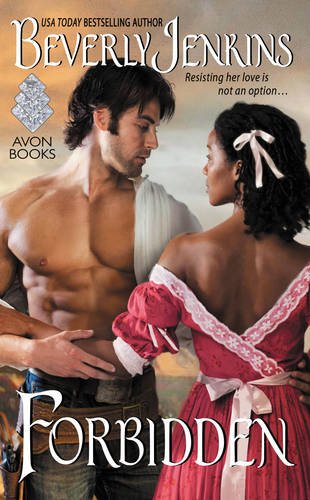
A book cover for Forbidden; Beverly Jenkins; Romance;